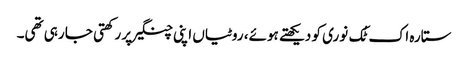
ستارہ اک ٹُک نوری کو دیکھتے ہوئے، روٹیاں اپنی چنگیرپر رکھتی جا رہی تھی۔